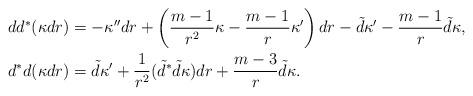
LaTeX: \begin{align*} dd^*(\kappa dr) &= -\kappa'' dr + \left(\frac{m-1}{r^2}\kappa - \frac{m-1}{r}\kappa'\right)dr - \tilde{d}\kappa' - \frac{m-1}{r}\tilde{d}\kappa,\\d^*d(\kappa dr) &= \tilde{d}\kappa' + \frac{1}{r^2}(\tilde{d}^*\tilde{d}\kappa)dr + \frac{m-3}{r}\tilde{d}\kappa.\end{align*}